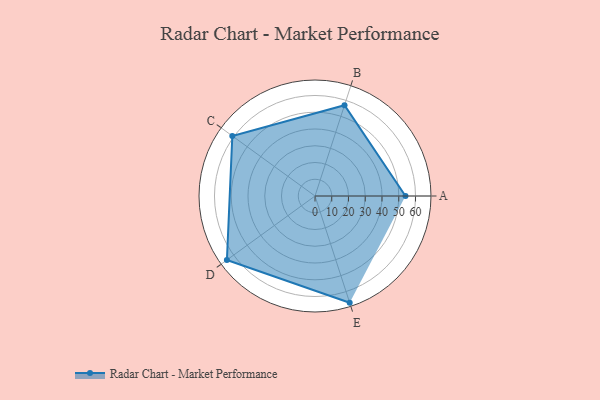
{"axis": {"x": "Skill", "y": "Score"}, "legend": ["Profile"], "data": [{"x": "A", "y": 54.0, "type": "Profile"}, {"x": "B", "y": 57.0, "type": "Profile"}, {"x": "C", "y": 61.0, "type": "Profile"}, {"x": "D", "y": 65.0, "type": "Profile"}, {"x": "E", "y": 67.0, "type": "Profile"}]}